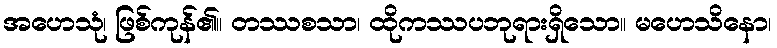
အဟေသုံ၊ ဖြစ်ကုန်၏။ တဿစသာ၊ ထိုကဿပဘုရားရှိသော။ မဟေသိနော၊